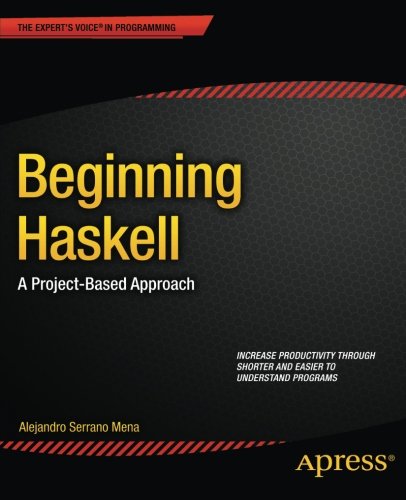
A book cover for Beginning Haskell: A Project-Based Approach; Alejandro Serrano Mena; Computers & Technology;